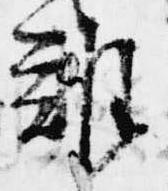
難